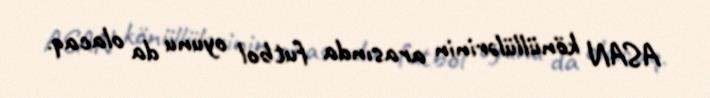
ASAN könüllülərinin arasında futbol oyunu da olacaq.